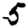
Digit: 5